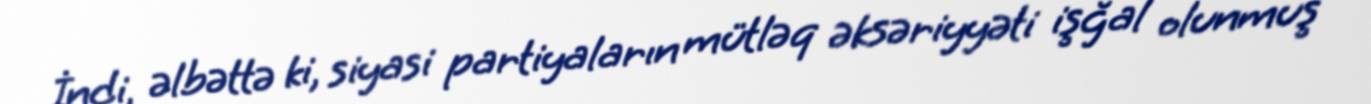
İndi, əlbəttə ki, siyasi partiyaların mütləq əksəriyyəti işğal olunmuş